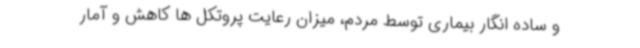
و ساده انگار بیماری توسط مردم، میزان رعایت پروتکل ها کاهش و آمار